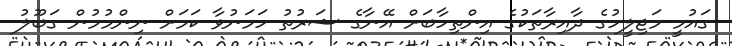
ގައުމީ މަޖިލީހުގެ ދާއިރާތަކުގެ އިންތިހާބަށް އޭނާގެ ޝަރުތު ހަމަނުވާ ކަމަށް ނިންމުމުން ގަބޫލު